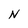
Character: N